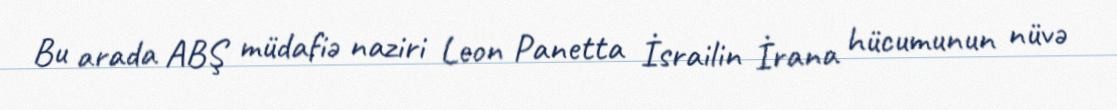
Bu arada ABŞ müdafiə naziri Leon Panetta İsrailin İrana hücumunun nüvə